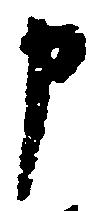
申